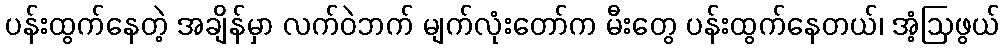
ပန်းထွက်နေတဲ့ အချိန်မှာ လက်ဝဲဘက် မျက်လုံးတော်က မီးတွေ ပန်းထွက်နေတယ်၊ အံ့ဩဖွယ်